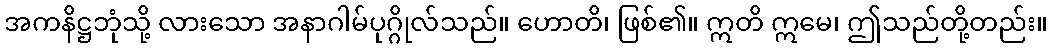
အကနိဋ္ဌဘုံသို့ လားသော အနာဂါမ်ပုဂ္ဂိုလ်သည်။ ဟောတိ၊ ဖြစ်၏။ ဣတိ ဣမေ၊ ဤသည်တို့တည်း။